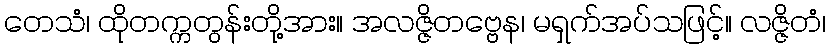
တေသံ၊ ထိုတက္ကတွန်းတို့အား။ အလဇ္ဇိတဗ္ဗေန၊ မရှက်အပ်သဖြင့်။ လဇ္ဇိတံ၊